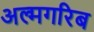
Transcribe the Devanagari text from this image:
अल्मगरिब